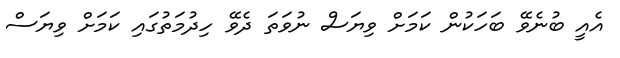
އެއީ ބުނެވޭ ބަހަކުން ކަމަށް ވިޔަސް ނުވަތަ ދެވޭ ހިދުމަތުގައި ކަމަށް ވިޔަސް